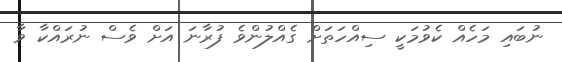
ނުބައި މަހެއް ކެވުމަކީ ސިއްހަތަށް ގެއްލުންވެ ފުރާނަ އަށް ވެސް ނުރައްކާ ވާ